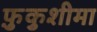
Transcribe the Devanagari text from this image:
फ़ुकुशीमा